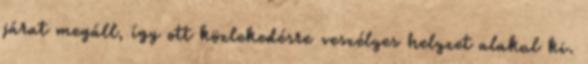
járat megáll, így ott közlekedésre veszélyes helyzet alakul ki.